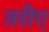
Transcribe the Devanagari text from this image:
तरीए